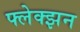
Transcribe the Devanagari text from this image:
फ्लेक्झन